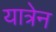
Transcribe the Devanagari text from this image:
यात्रेन